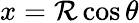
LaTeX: x=\mathcal{R}\cos\theta